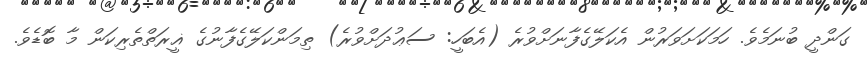
ގަންދީ ބުނަމެވެ. ހަމަކަށަވަރުން އެކަލޭގެފާނަށްވުރެ (އެބަހީ: ސަޢުދަށްވުރެ) ތިމަންކަލޭގެފާނުގެ ޣީރަތްތެރިކަން މާ ބޮޑެވެ.